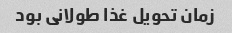
زمان تحویل غذا طولانی بود